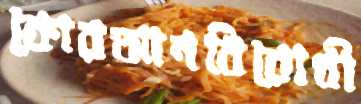
কোরআনবিরোধী